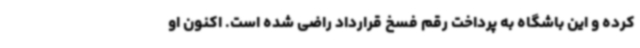
کرده و این باشگاه به پرداخت رقم فسخ قرارداد راضی شده است. اکنون او